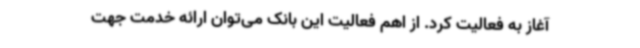
آغاز به فعالیت کرد. از اهم فعالیت این بانک می‌توان ارائه خدمت جهت